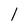
Character: 1